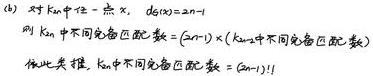
(d) 对 $K_{2n}$ 中任一点 $x$, $d_{G}(x)=2n - 1$
则 $K_{2n}$ 中不同完备匹配数 $=(2n - 1)\times(K_{2n - 2}$ 中不同完备匹配数$)$
依此类推, $K_{2n}$ 中不同完备匹配数 $=(2n - 1)!!$